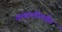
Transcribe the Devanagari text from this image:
कव्वालीपर्यंत